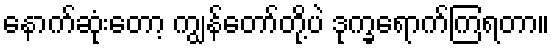
နောက်ဆုံးတော့ ကျွန်တော်တို့ပဲ ဒုက္ခရောက်ကြရတာ။